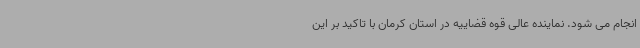
انجام می شود. نماینده عالی قوه قضاییه در استان کرمان با تاکید بر این